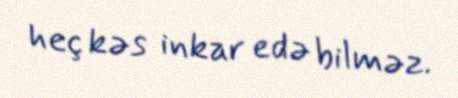
heç kəs inkar edə bilməz.